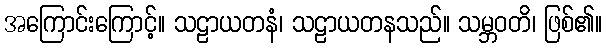
အကြောင်းကြောင့်။ သဠာယတနံ၊ သဠာယတနသည်။ သမ္ဘဝတိ၊ ဖြစ်၏။